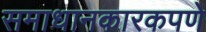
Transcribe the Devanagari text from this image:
समाधानकारकपणे